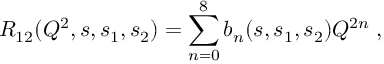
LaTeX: R _ { 1 2 } ( Q ^ { 2 } , s , s _ { 1 } , s _ { 2 } ) = \sum _ { n = 0 } ^ { 8 } b _ { n } ( s , s _ { 1 } , s _ { 2 } ) Q ^ { 2 n } \; ,